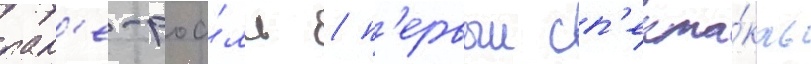
пал'е-роа́ль / п'ервыи сп'екта́кль